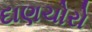
દાણચોરો